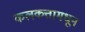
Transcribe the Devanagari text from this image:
कलकत्तामधून